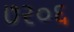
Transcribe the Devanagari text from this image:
७२०६